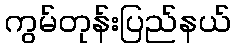
ကွမ်တုန်းပြည်နယ်